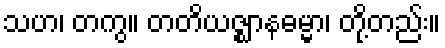
သဟ၊ တကွ။ တတိယဇ္ဈာနဓမ္မာ၊ တို့တည်း။